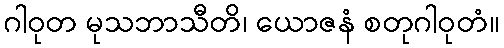
ဂါဝုတ မုသဘာသီတိ၊ ယောဇနံ စတုဂါဝုတံ။